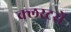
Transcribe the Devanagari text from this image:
क्लस्टरों